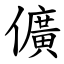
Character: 儣